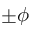
\pm \phi